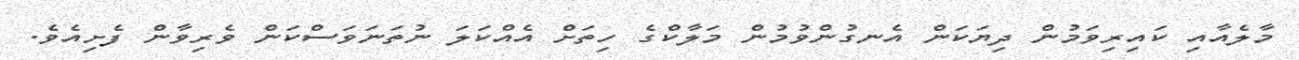
މާލެއާއި ކައިރިވަމުން ދިޔަކަން އެނގުންވުމުން މަލާކްގެ ހިތަށް އެއްކަލަ ނުތަނަވަސްކަން ވެރިވާން ފެށިއެވެ.